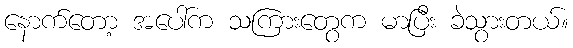
နောက်တော့ အပေါ်က သကြားတွေက မာပြီး ခဲသွားတယ်။